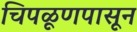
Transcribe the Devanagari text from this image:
चिपळूणपासून